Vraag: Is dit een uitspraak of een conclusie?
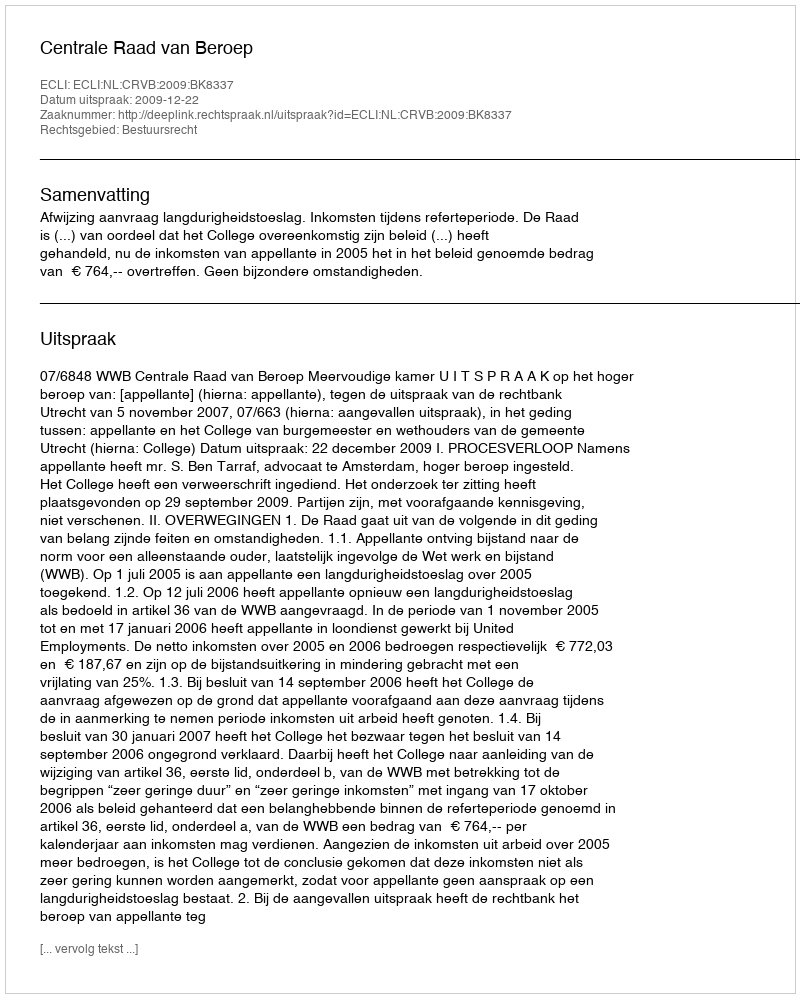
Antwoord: Uitspraak